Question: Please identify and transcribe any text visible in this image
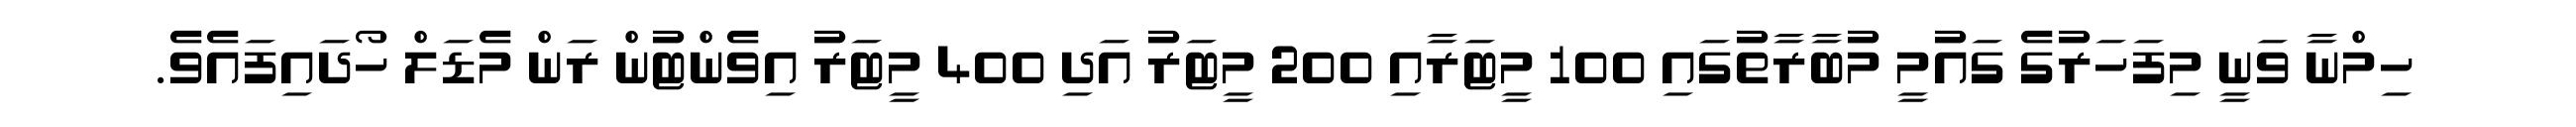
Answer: ހިމްނާ ވަނީ މިފަހަރުގެ ގައުމީ މުބާރާތުގައި 100 މީޓަރާއި 200 މީޓަރު އަދި 400 މީޓަރު އިވެންޓުން ރަން މެޑަލް ހޯދައިފައެވެ.